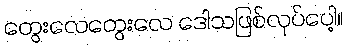
တွေးလေတွေးလေ ဒေါသဖြစ်လုပ်ပေါ့။